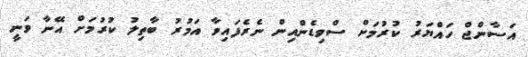
އަސާންޖް ހައްޔަރު ކުރުމަށް ސްވިޑެންއިން ނެރެފައިވާ އަމުރު ބާތިލު ކުރުމަށް އޭނާ ވަނީ